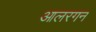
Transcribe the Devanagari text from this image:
आलरगन